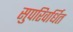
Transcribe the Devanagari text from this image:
सुपरिवर्धित